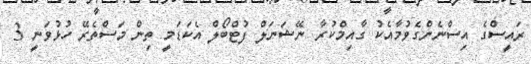
ރައީސްގެ އިސްނެންގެވުމާއެކު ގާއިމްކުރާ ނޭޝަނަލް ފުޓްބޯލް އެކަޑަމީ ތިން މަސްތެރޭ ހުޅުވަނީ 3